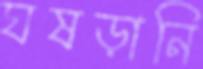
ঘষড়ানি